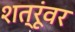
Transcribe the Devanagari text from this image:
शत्रूंवर